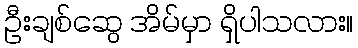
ဦးချစ်ဆွေ အိမ်မှာ ရှိပါသလား။